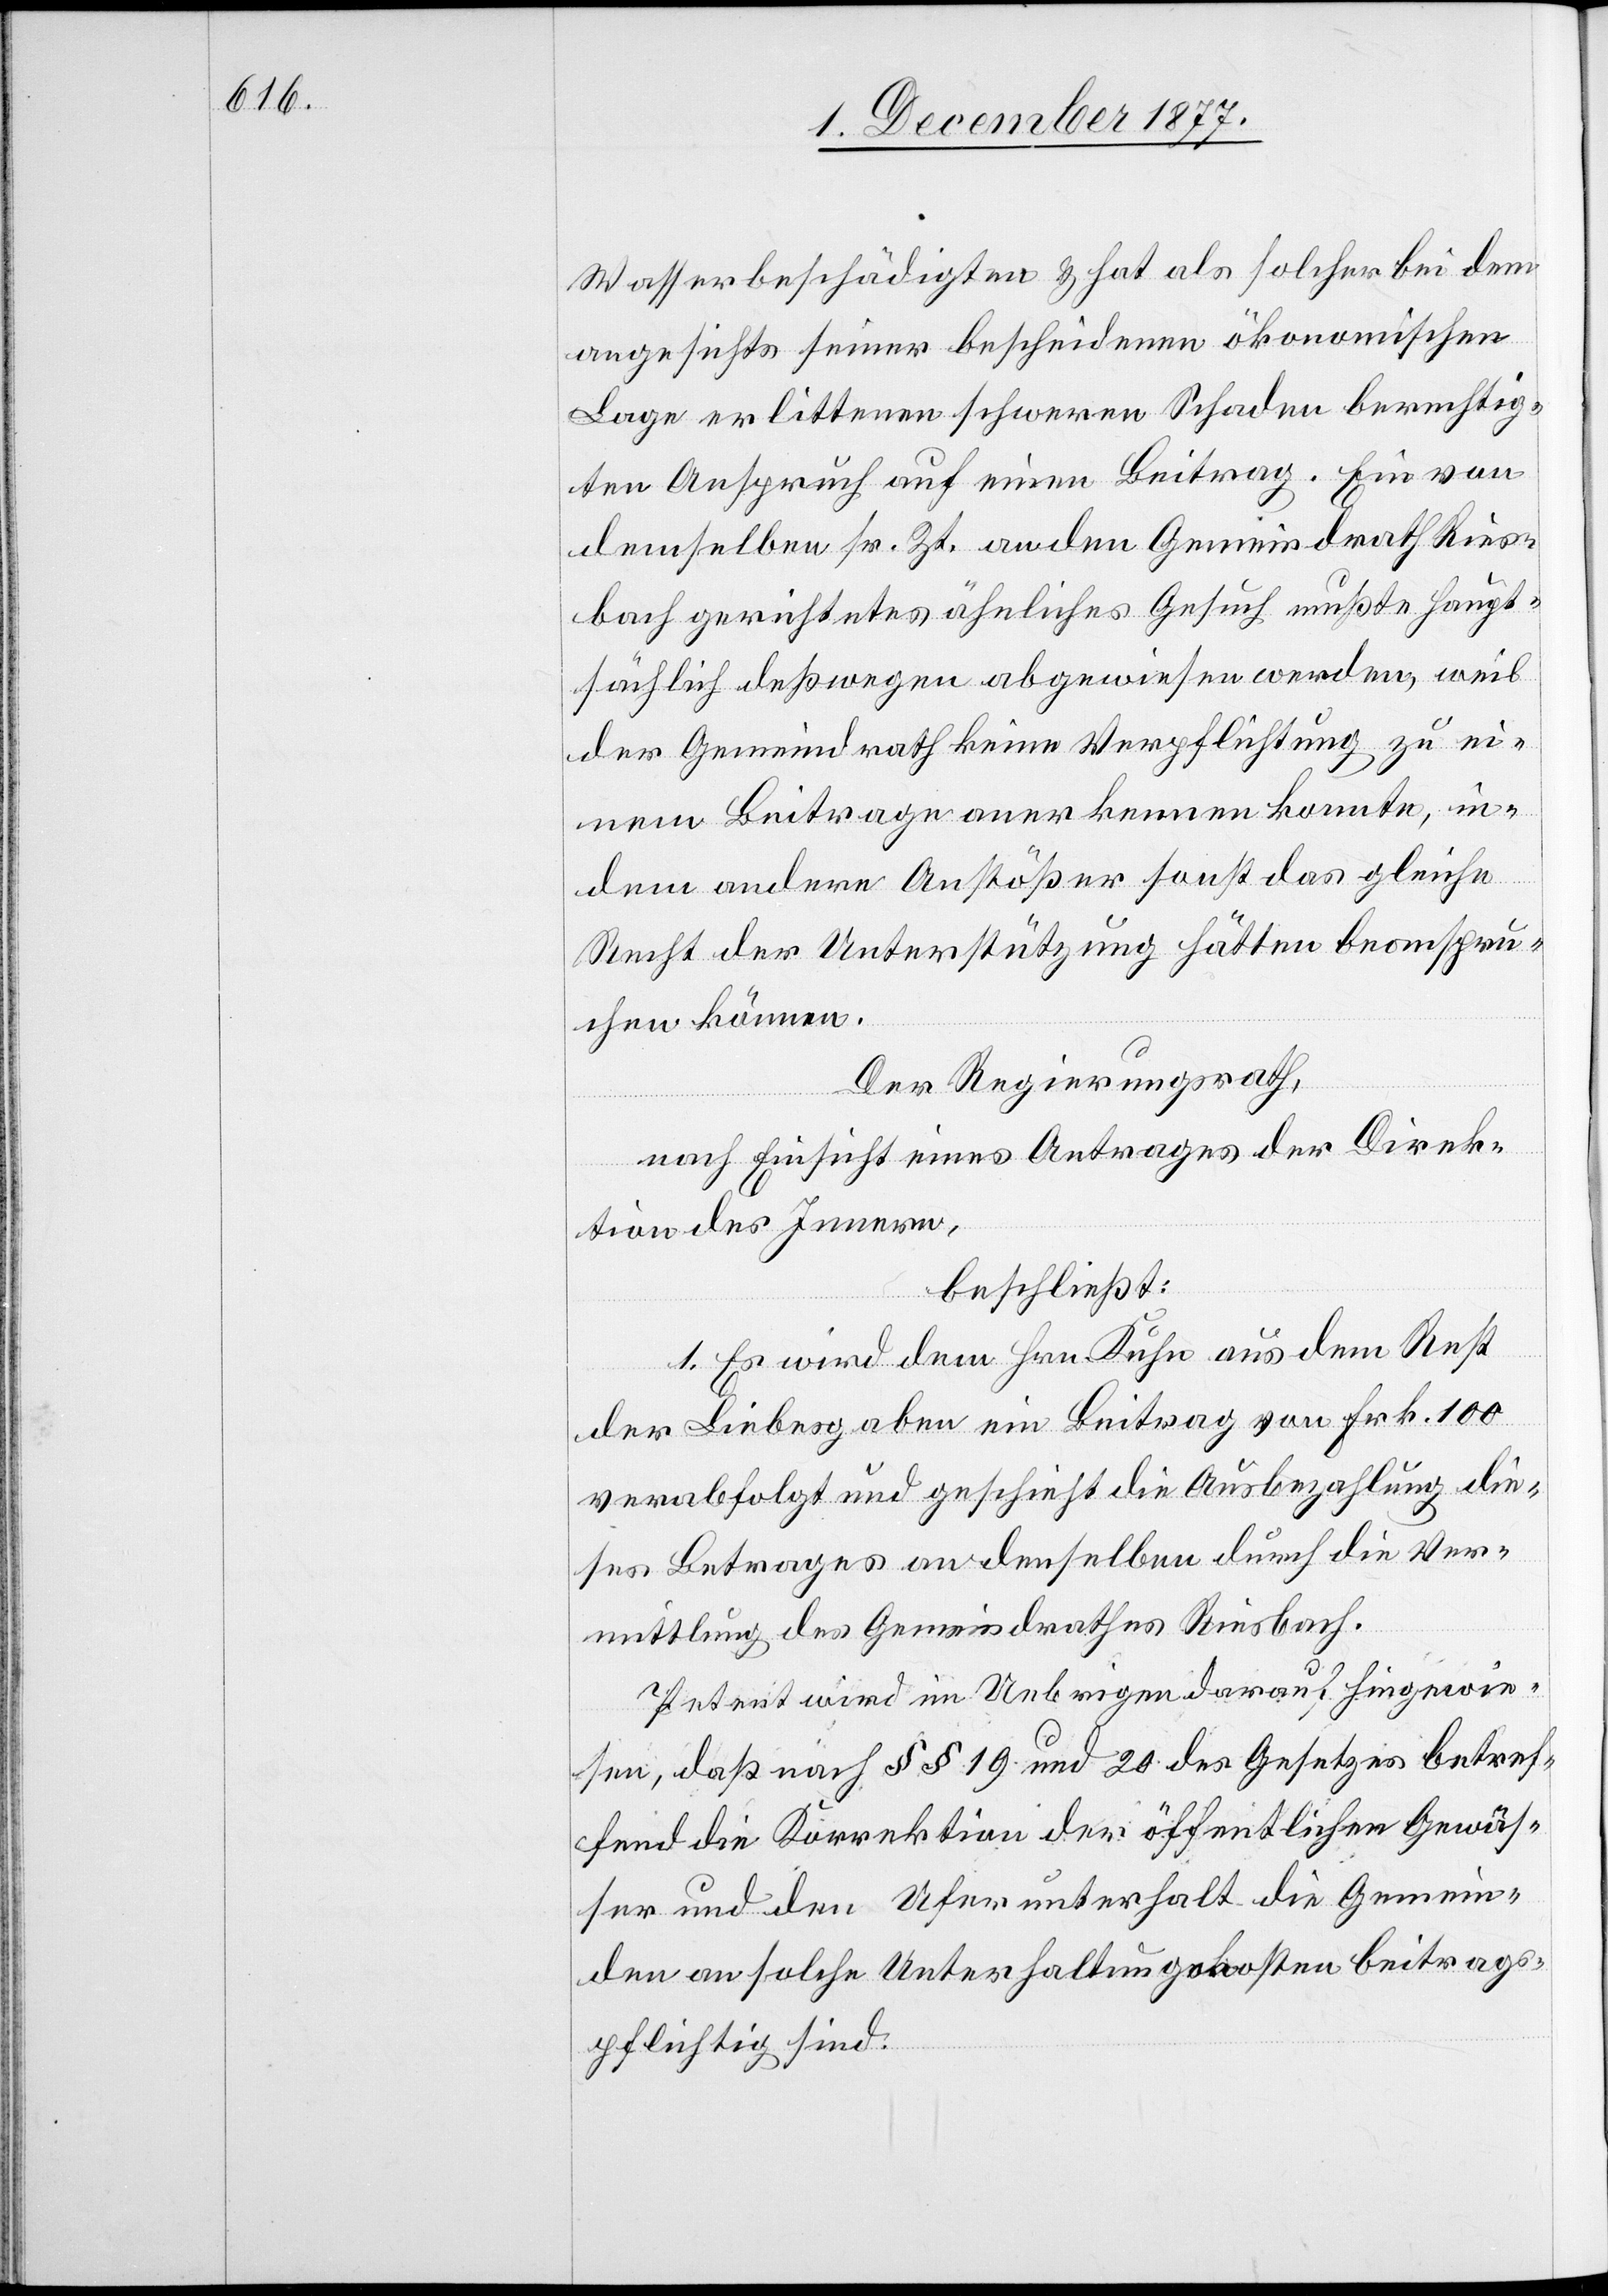
Wasserbeschädigten & hat als solcher bei dem
angesichts seiner bescheidenen ökonomischen
Lage erlittenen schweren Schaden berechtig¬
ten Anspruch auf einen Beitrag. Ein von
demselben sr. Zt. an den Gemeindrath Ries¬
bach gerichtetes ähnliches Gesuch mußte haupt¬
sächlich deßwegen abgewiesen werden, weil
der Gemeindrath keine Verpflichtung zu ei¬
nem Beitrage anerkennen konnte, in¬
dem andere Anstößer sonst das gleiche
Recht der Unterstützung hätten beanspru¬
chen können.
Der Regierungsrath,
nach Einsicht eines Antrages der Direk¬
tion des Innern,
beschließt:
1. Es wird dem Hrn. Kuhn aus dem Rest
der Liebesgaben ein Beitrag von Frk. 100
verabfolgt und geschieht die Ausbezahlung die¬
ses Betrages an denselben durch die Ver¬
mittlung des Gemeindrathes Riesbach.
Petent wird im Uebrigen darauf hingewie¬
sen, daß nach §§ 19 und 20 des Gesetzes betref¬
fend die Korrektion der öffentlichen Gewäs¬
ser und den Uferunterhalt die Gemein¬
den an solche Unterhaltungskosten beitrags¬
pflichtig sind.